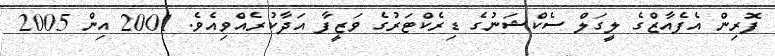
ފޮރިން އެފެއާޒްގެ ލީގަލް ސެކްޝަނުގެ ޑިރެކްޓަރުގެ ވަޒީފާ އަދާކުރެއްވިއެވެ. 2001 އިން 2005